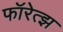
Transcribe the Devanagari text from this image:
फॉरेत्झ